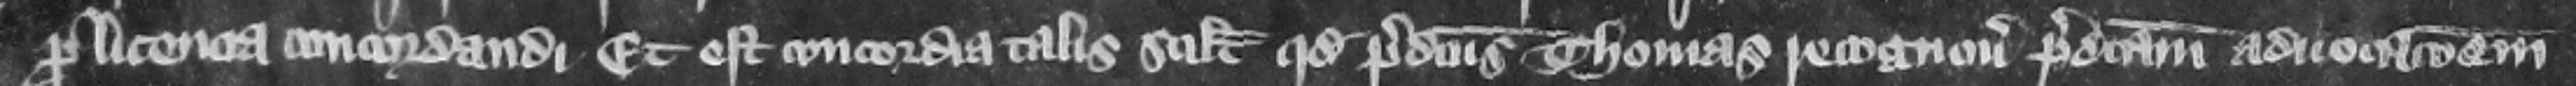
pro licencia concordandi. Et est concordia talis scilicet quod predictus Thomas recognouit predictam aduocacionem